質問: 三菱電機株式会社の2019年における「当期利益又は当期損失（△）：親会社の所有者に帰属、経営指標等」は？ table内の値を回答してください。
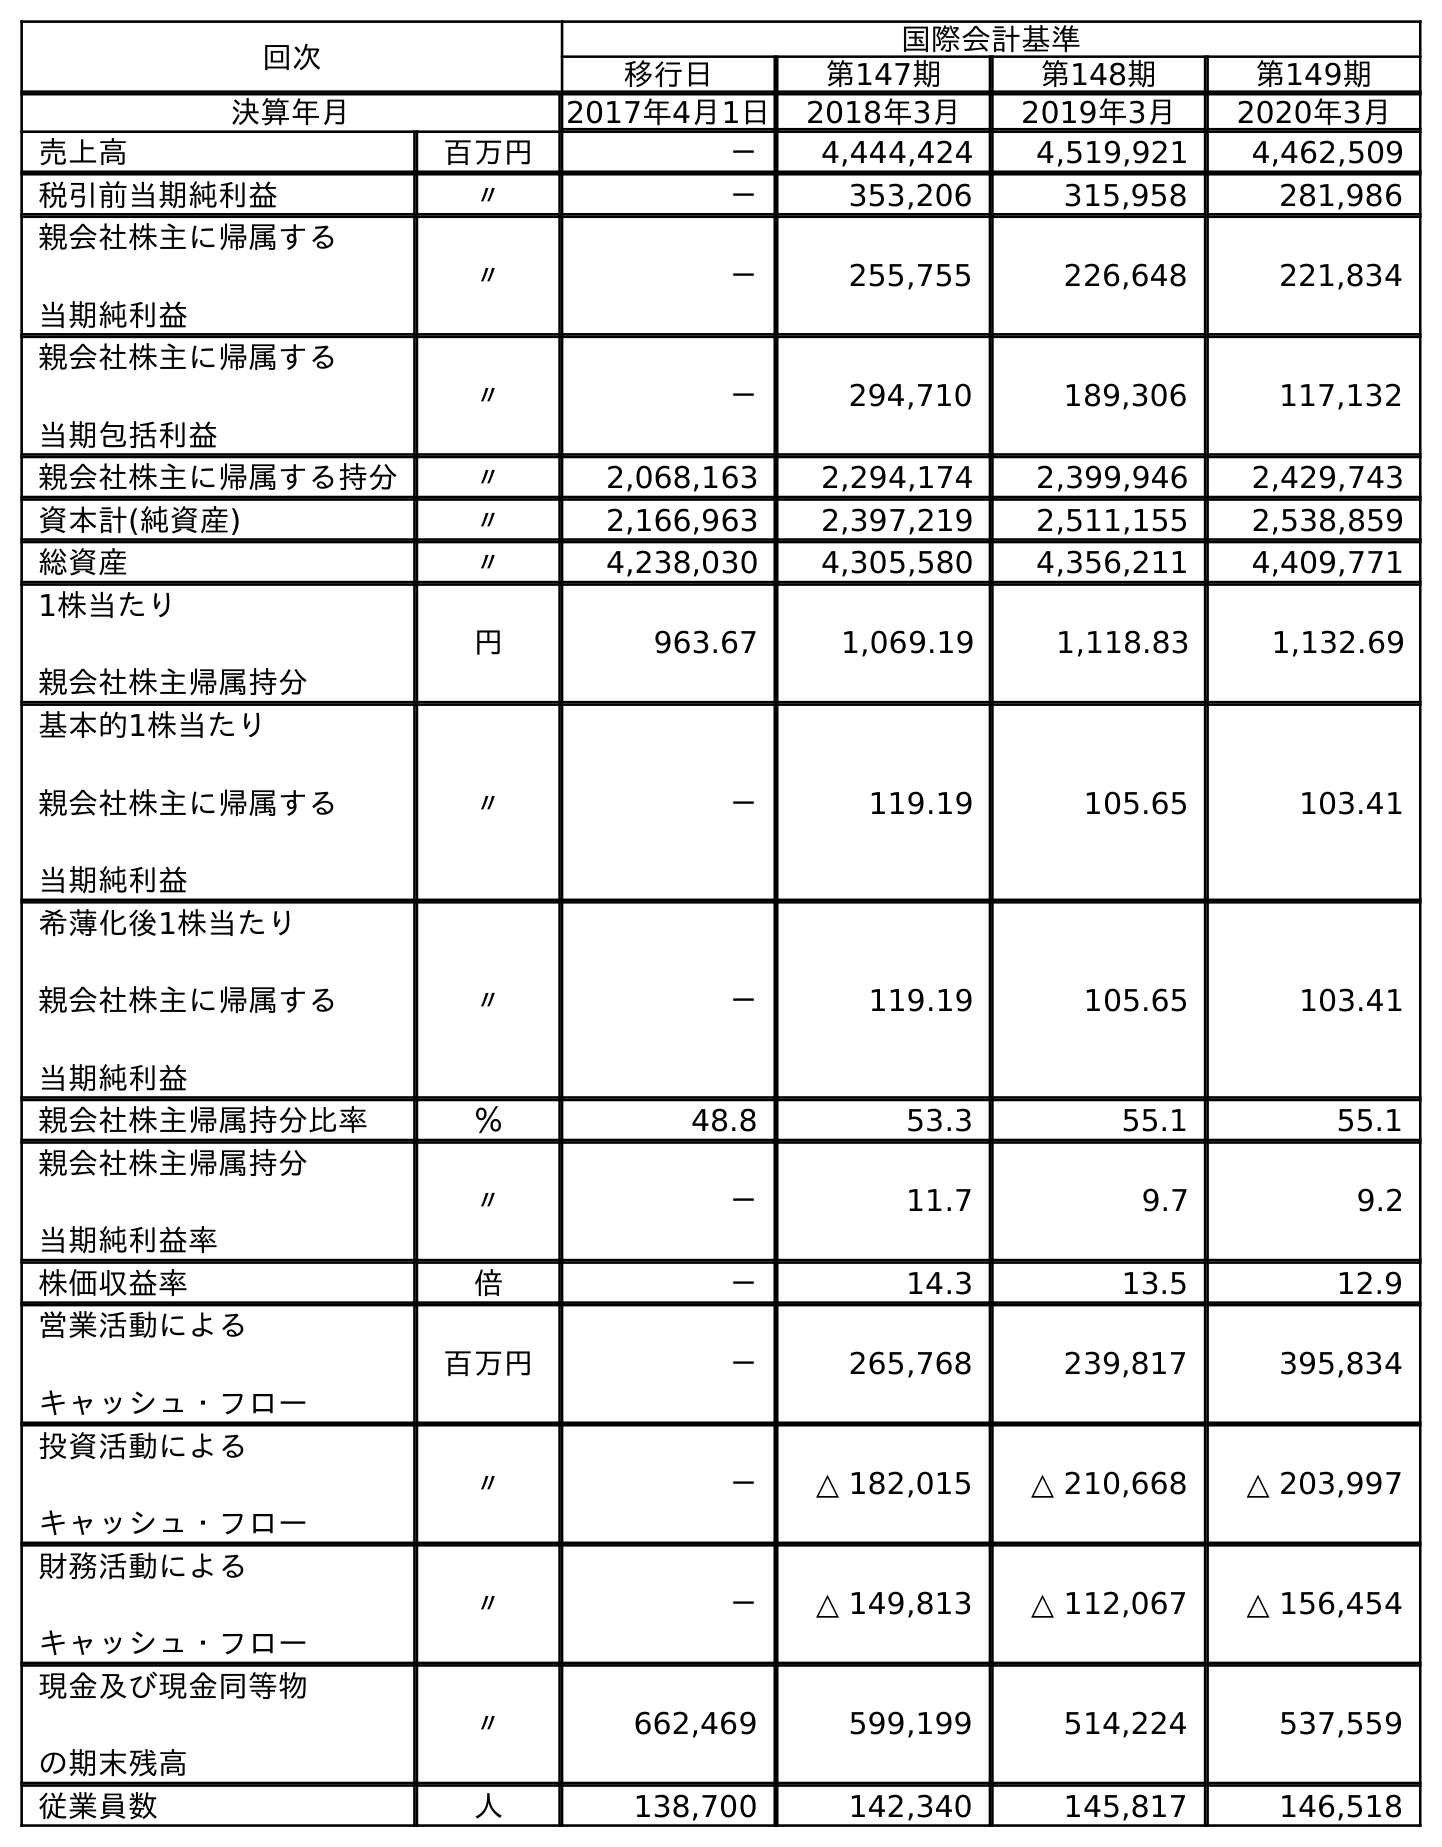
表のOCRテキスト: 回次 国際会計基準 移行日 第147期 第148期 第149期 決算年月 2017年4月1日 2018年3月 2019年3月 2020年3月 売上高 百万円 － 4,444,424 4,519,921 4,462,509 税引前当期純利益 〃 － 353,206 315,958 281,986 親会社株主に帰属する 当期純利益 〃 － 255,755 226,648 221,834 親会社株主に帰属する 当期包括利益 〃 － 294,710 189,306 117,132 親会社株主に帰属する持分 〃 2,068,163 2,294,174 2,399,946 2,429,743 資本計(純資産) 〃 2,166,963 2,397,219 2,511,155 2,538,859 総資産 〃 4,238,030 4,305,580 4,356,211 4,409,771 1株当たり 親会社株主帰属持分 円 963.67 1,069.19 1,118.83 1,132.69 基本的1株当たり 親会社株主に帰属する 当期純利益 〃 － 119.19 105.65 103.41 希薄化後1株当たり 親会社株主に帰属する 当期純利益 〃 － 119.19 105.65 103.41 親会社株主帰属持分比率 ％ 48.8 53.3 55.1 55.1 親会社株主帰属持分 当期純利益率 〃 － 11.7 9.7 9.2 株価収益率 倍 － 14.3 13.5 12.9 営業活動による キャッシュ・フロー 百万円 － 265,768 239,817 395,834 投資活動による キャッシュ・フロー 〃 － △ 182,015 △ 210,668 △ 203,997 財務活動による キャッシュ・フロー 〃 － △ 149,813 △ 112,067 △ 156,454 現金及び現金同等物 の期末残高 〃 662,469 599,199 514,224 537,559 従業員数 人 138,700 142,340 145,817 146,518
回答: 226,648